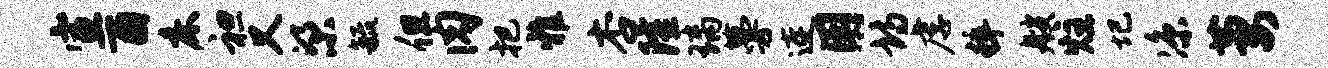
宣酉床袒又梁毓但肉把雅杏隆璃蔓连用诗虐粹艘炷圮凉萋